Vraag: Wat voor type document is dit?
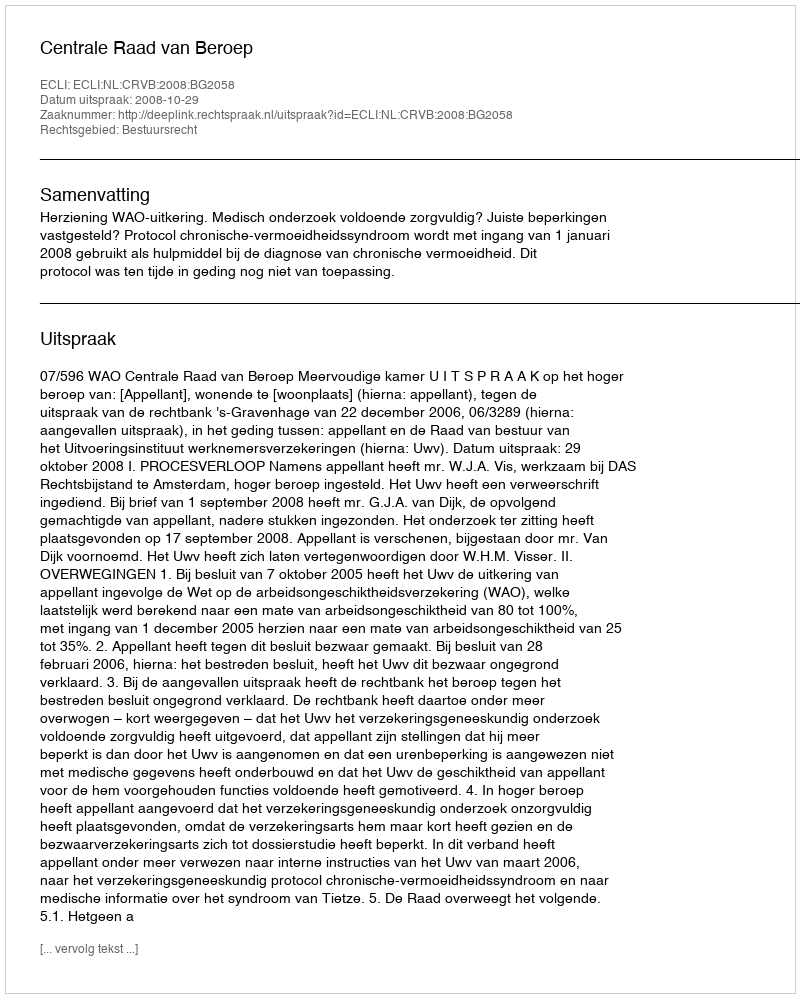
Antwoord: Uitspraak